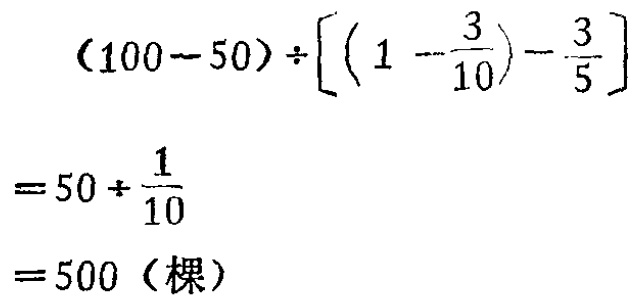
\[

\begin{align*}

&(100 - 50)\div\left[\left(1-\frac{3}{10}\right)-\frac{3}{5}\right]\\

=&50\div\frac{1}{10}\\

=&500 (\text{棵})

\end{align*}

\]